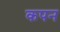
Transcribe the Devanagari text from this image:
कपन